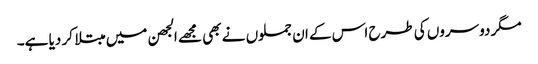
مگر دوسروں کی طرح اس کے ان جملوں نے بھی مجھے الجھن میں مبتلا کر دیا ہے۔